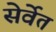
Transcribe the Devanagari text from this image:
सेर्वेत